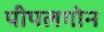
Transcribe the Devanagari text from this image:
पीपलगोन